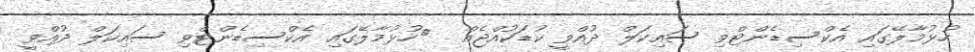
ހުޅުމާލޭގައި އެކްސިޑެންޓްވި ސައިކަލް ދުއްވީ ކުޑަކުއްޖެއް  	ހުޅުމާލޭގައި އެކްސިޑެންޓްވި ސައިކަލް ދުއްވީ